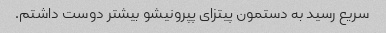
سریع رسید به دستمون پیتزای پپرونیشو بیشتر دوست داشتم.